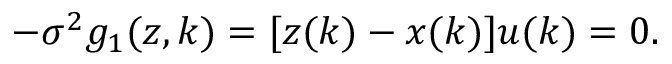
- \sigma ^ { 2 } g _ { 1 } ( z , k ) = [ z ( k ) - x ( k ) ] u ( k ) = 0 .